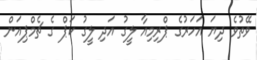
ވޭތުވެ ދިޔަ އަހަރުގެ ޕްރިމިއާ ލީގު އަދި ލީގު ކަޕް ގެ ޗެމްޕިއަން